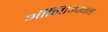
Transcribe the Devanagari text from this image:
ऑलिम्पियाड